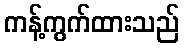
ကန့်ကွက်ထားသည်